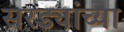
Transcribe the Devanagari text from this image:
सरड्यांच्या